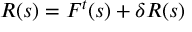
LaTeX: R ( s ) = F ^ { t } ( s ) + \delta R ( s )